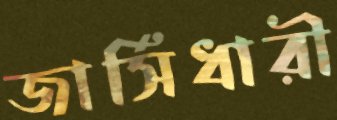
জার্সিধারী